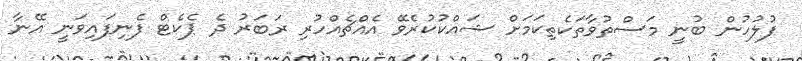
ފުލުހުން ބުނީ މަސްތުވާތަކެތިކަމަށް ޝައްކުކުރެވޭ އެއްޗެއްހުރި ރަބަރު ދެ ޕެކެޓް ފެނިފައިވަނީ އޭނާ